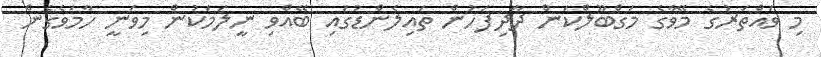
މި ވައްތަރުގެ މޭވާގެ މަގްބޫލްކަން ދާދިފަހުން ތައިލެންޑުގައި ބޭއްވި ނީލަމަކުން މިވަނީ ހާމަވެގެން